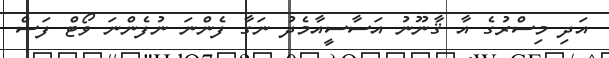
އަދި މިސްރުގެ އާ ޤާނޫނު އަސާސީއާމެދު ނަގާ ފެންނަ ނުފެންނަ ވޯޓް ފަސް